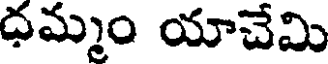
ధమ్మం యాచేమి